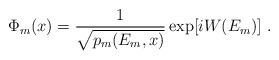
LaTeX: \begin{align*}\Phi_m (x) = {1\over \sqrt{p_m(E_m,x)}}\exp [i W (E_m)] \ .\end{align*}